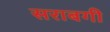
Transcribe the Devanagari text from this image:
सराबगी